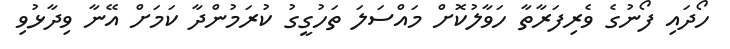
ހޯދައި ފޯނުގެ ވެރިފަރާތާ ހަވާލުކޮށް މައްސަލަ ތަހުގީގު ކުރަމުންދާ ކަމަށް އޭނާ ވިދާޅުވި